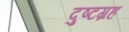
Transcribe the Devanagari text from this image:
दुष्टग्रह